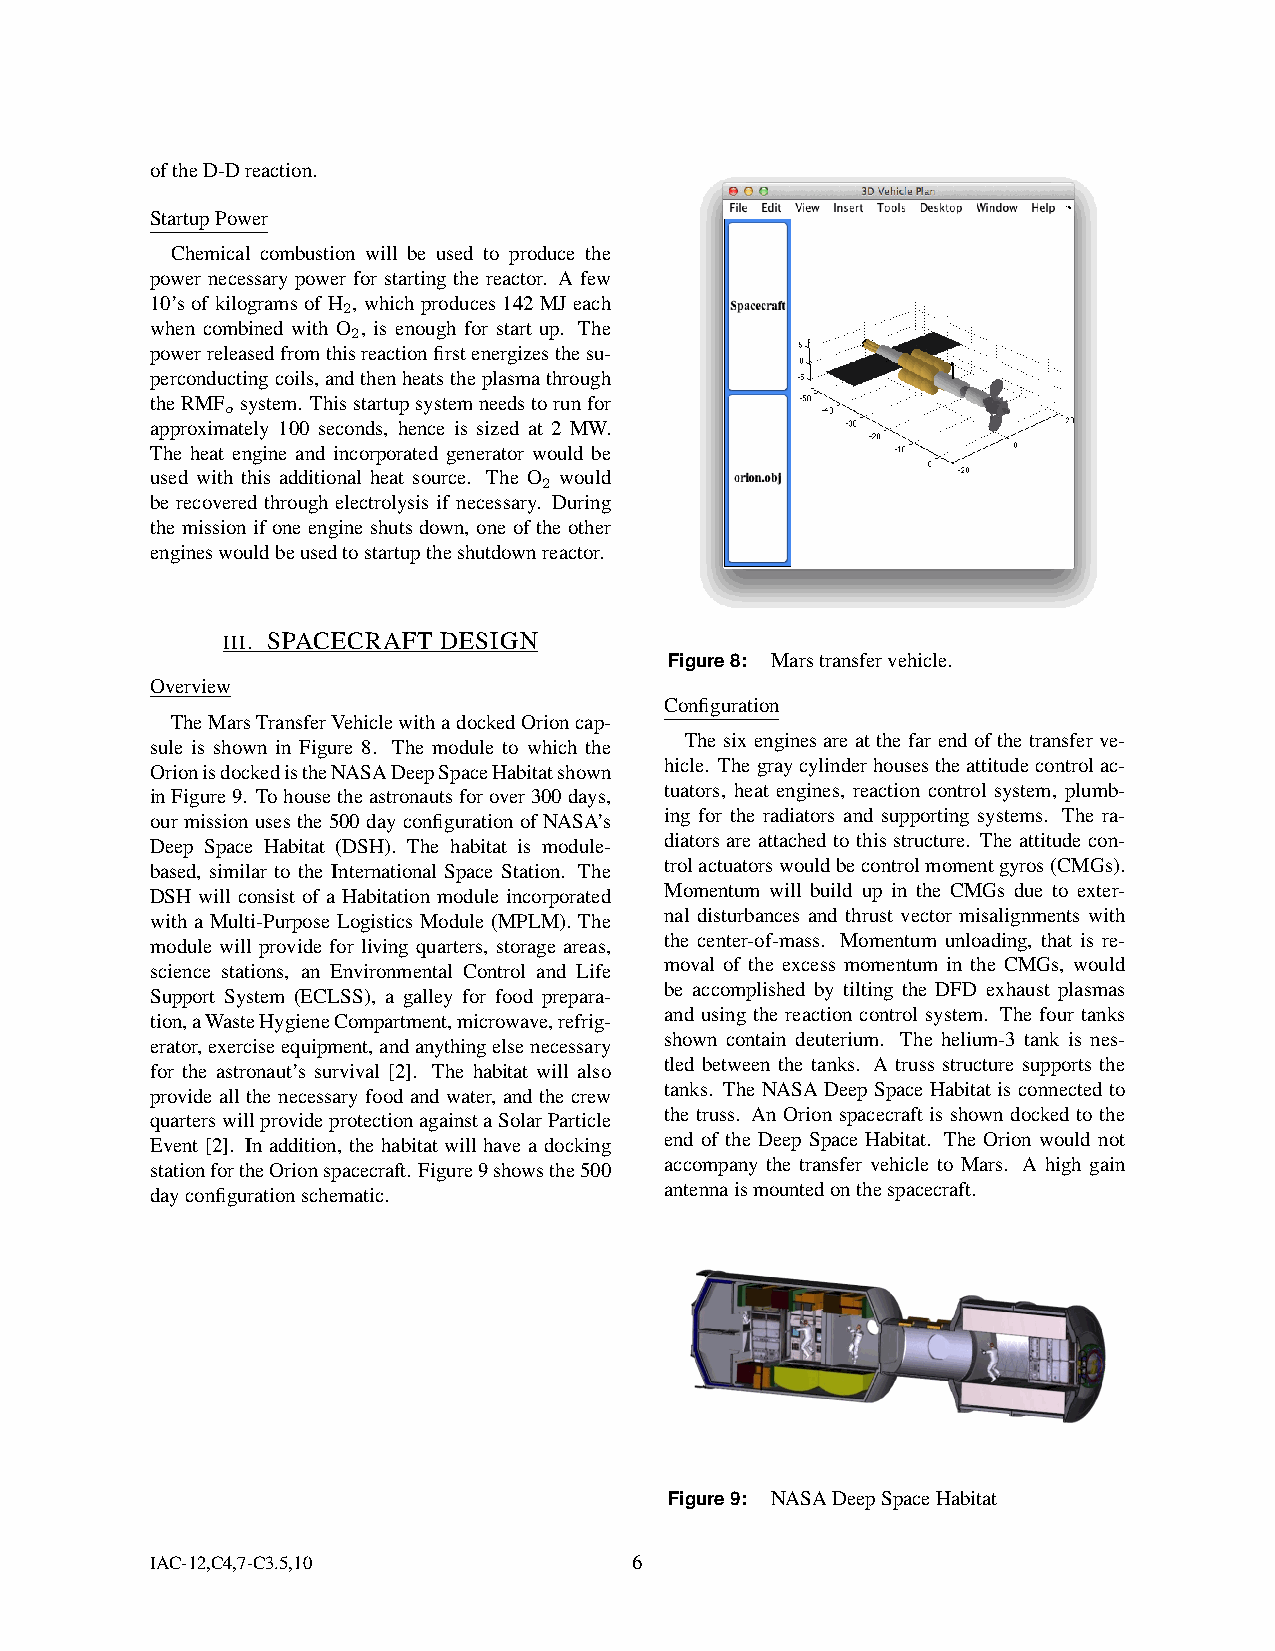
oftheD-Dreaction.
 StartupPower
 Chemical combustion will be used to produce the
 power necessary power for starting the reactor. A few
 10’s of kilograms of H , which produces 142 MJ each
 2
 when combined with O , is enough for start up. The
 2
 powerreleasedfromthisreactionfirstenergizesthesu-
 perconductingcoils,andthenheatstheplasmathrough
 theRMF system. Thisstartupsystemneedstorunfor
 o
 approximately 100 seconds, hence is sized at 2 MW.
 The heat engine and incorporated generator would be
 used with this additional heat source. The O would
 2
 be recovered through electrolysis if necessary. During
 the mission if one engine shuts down, one of the other
 engineswouldbeusedtostartuptheshutdownreactor.
 III. SPACECRAFT DESIGN
 Figure8: Marstransfervehicle.
 Overview
 Configuration
 TheMarsTransferVehiclewithadockedOrioncap-
 The six engines are at the far end of the transfer ve-
 sule is shown in Figure 8. The module to which the
 hicle. Thegraycylinderhousestheattitudecontrolac-
 OrionisdockedistheNASADeepSpaceHabitatshown
 tuators, heat engines, reaction control system, plumb-
 inFigure9. Tohousetheastronautsforover300days,
 ing for the radiators and supporting systems. The ra-
 our mission uses the 500 day configuration of NASA’s
 diators are attached to this structure. The attitude con-
 Deep Space Habitat (DSH). The habitat is module-
 trolactuatorswouldbecontrolmomentgyros(CMGs).
 based, similar to the International Space Station. The
 Momentum will build up in the CMGs due to exter-
 DSH will consist of a Habitation module incorporated
 nal disturbances and thrust vector misalignments with
 with a Multi-Purpose Logistics Module (MPLM). The
 the center-of-mass. Momentum unloading, that is re-
 module will provide for living quarters, storage areas,
 moval of the excess momentum in the CMGs, would
 science stations, an Environmental Control and Life
 be accomplished by tilting the DFD exhaust plasmas
 Support System (ECLSS), a galley for food prepara-
 and using the reaction control system. The four tanks
 tion,aWasteHygieneCompartment,microwave,refrig-
 shown contain deuterium. The helium-3 tank is nes-
 erator,exerciseequipment,andanythingelsenecessary
 tled between the tanks. A truss structure supports the
 for the astronaut’s survival [2]. The habitat will also
 tanks. The NASA Deep Space Habitat is connected to
 provide all the necessary food and water, and the crew
 the truss. An Orion spacecraft is shown docked to the
 quarterswillprovideprotectionagainstaSolarParticle
 end of the Deep Space Habitat. The Orion would not
 Event [2]. In addition, the habitat will have a docking
 accompany the transfer vehicle to Mars. A high gain
 stationfortheOrionspacecraft. Figure9showsthe500
 antennaismountedonthespacecraft.
 dayconfigurationschematic.
 Figure9: NASADeepSpaceHabitat
 IAC-12,C4,7-C3.5,10             6